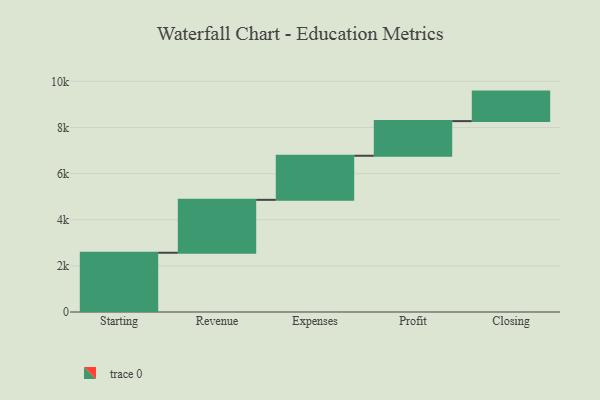
{"axis": {"x": "Step", "y": "Value"}, "legend": [""], "data": [{"x": "Starting", "y": 2569.0, "type": ""}, {"x": "Revenue", "y": 2294.0, "type": ""}, {"x": "Expenses", "y": 1911.0, "type": ""}, {"x": "Profit", "y": 1502.0, "type": ""}, {"x": "Closing", "y": 1280.0, "type": ""}]}